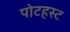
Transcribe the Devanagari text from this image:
पोटहस्ट